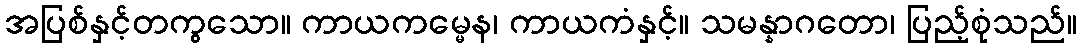
အပြစ်နှင့်တကွသော။ ကာယကမ္မေန၊ ကာယကံနှင့်။ သမန္နာဂတော၊ ပြည့်စုံသည်။